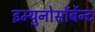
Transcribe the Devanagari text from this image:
इम्युनोसॉर्बेन्ट